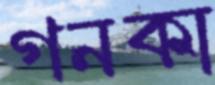
গনকা